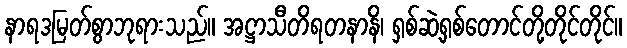
နာရဒမြတ်စွာဘုရားသည်။ အဋ္ဌာသီတိရတနာနိ၊ ရှစ်ဆဲ့ရှစ်တောင်တို့တိုင်တိုင်။